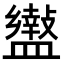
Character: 𥃍